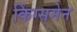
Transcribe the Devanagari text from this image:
किंग्समेन